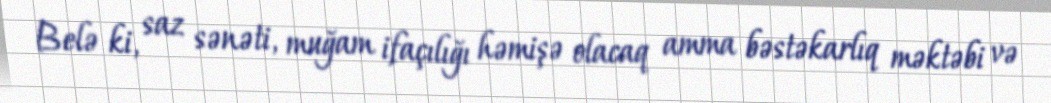
Belə ki, saz sənəti, muğam ifaçılığı həmişə olacaq amma bəstəkarlıq məktəbi və